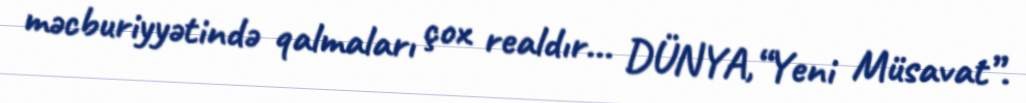
məcburiyyətində qalmaları çox realdır... DÜNYA,“Yeni Müsavat”.